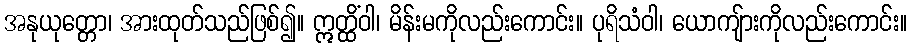
အနုယုတ္တော၊ အားထုတ်သည်ဖြစ်၍။ ဣတ္ထိံဝါ၊ မိန်းမကိုလည်းကောင်း။ ပုရိသံဝါ၊ ယောကျ်ားကိုလည်းကောင်း။